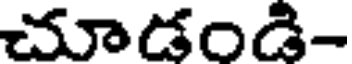
చూడండి-